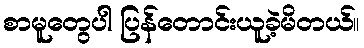
စာမူတွေပါ ပြန်တောင်းယူခဲ့မိတယ်။